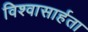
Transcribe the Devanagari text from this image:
विश्‍वासार्हता